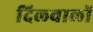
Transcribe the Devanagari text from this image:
दिलवालों